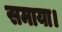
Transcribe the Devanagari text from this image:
समाया।